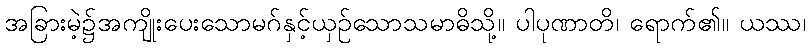
အခြားမဲ့၌အကျိုးပေးသောမဂ်နှင့်ယှဉ်သောသမာဓိသို့။ ပါပုဏာတိ၊ ရောက်၏။ ယဿ၊